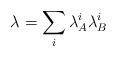
LaTeX: \begin{align*}\lambda = \sum_i \lambda_{A}^i \lambda_{B}^i\end{align*}